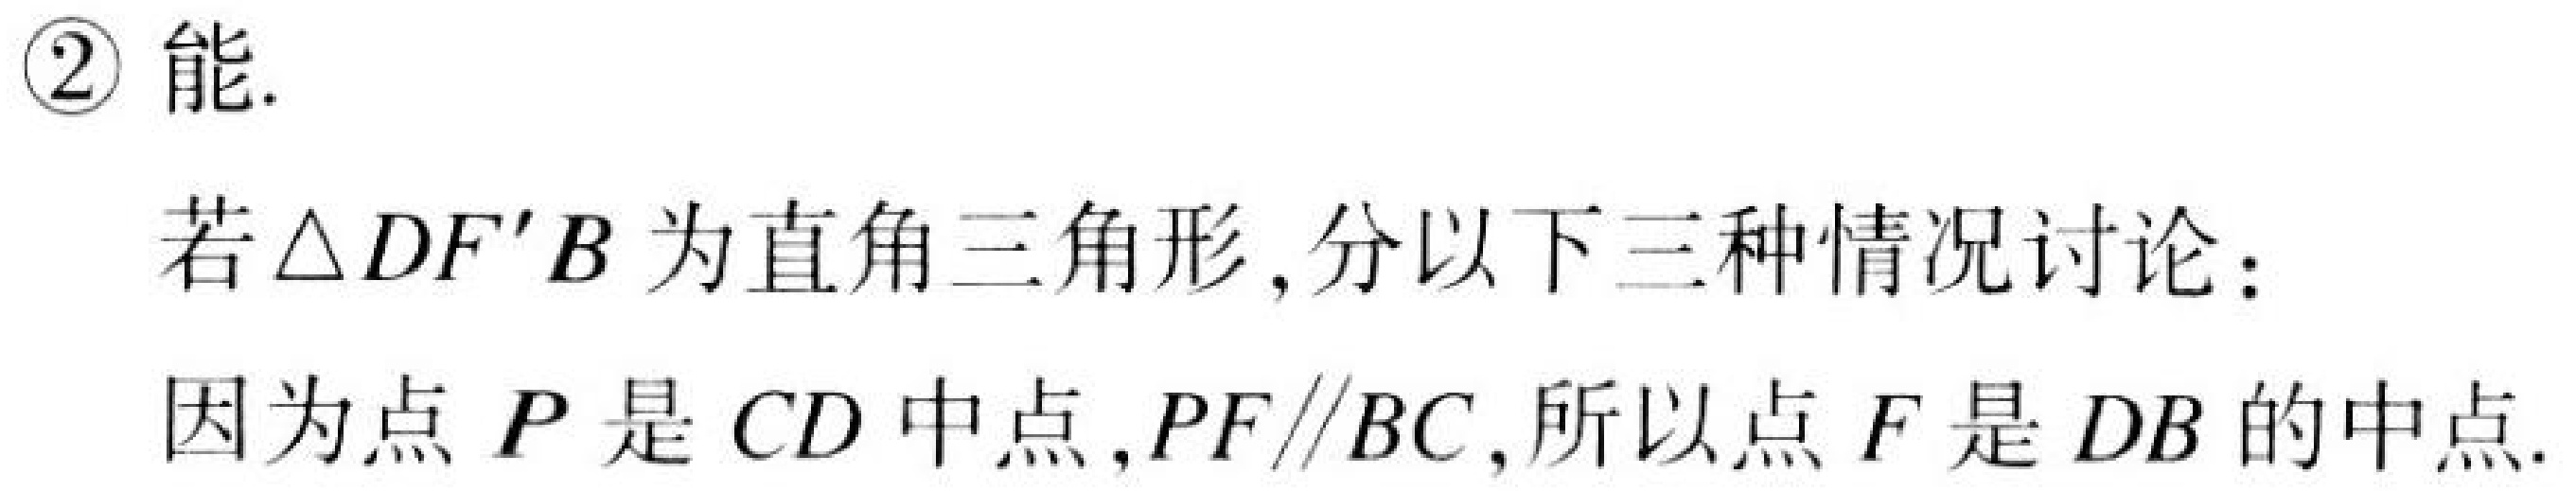
\textcircled{2} 能.
若$\triangle DF'B$为直角三角形, 分以下三种情况讨论：
因为点$P$是$CD$中点,$PF\parallel BC$, 所以点$F$是$DB$的中点.